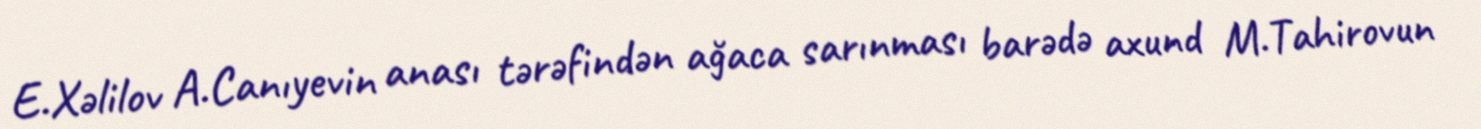
E.Xəlilov A.Canıyevin anası tərəfindən ağaca sarınması barədə axund M.Tahirovun